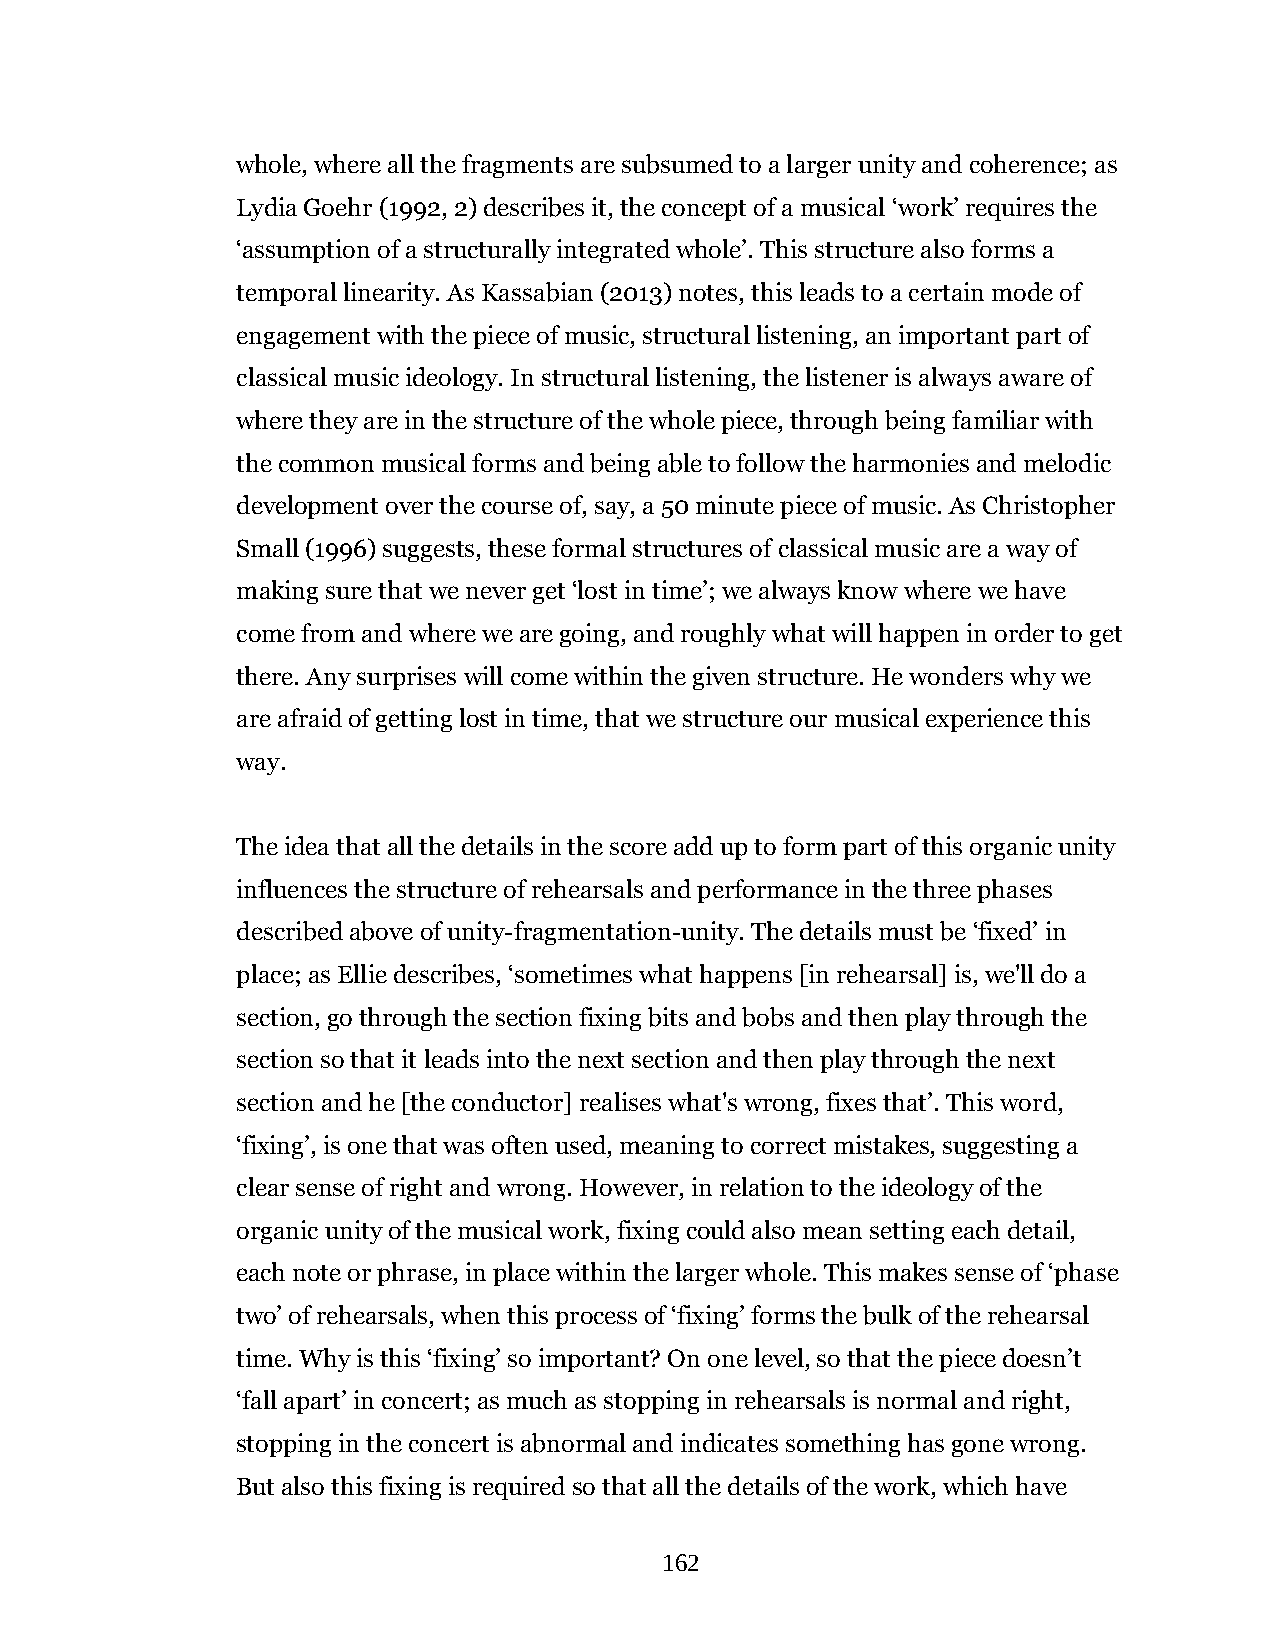
whole, where all the fragments are subsumed to a larger unity and coherence; as
 Lydia Goehr (1992, 2) describes it, the concept of a musical ‘work’ requires the
 ‘assumption of a structurally integrated whole’. This structure also forms a
 temporal linearity. As Kassabian (2013) notes, this leads to a certain mode of
 engagement with the piece of music, structural listening, an important part of
 classical music ideology. In structural listening, the listener is always aware of
 where they are in the structure of the whole piece, through being familiar with
 the common musical forms and being able to follow the harmonies and melodic
 development over the course of, say, a 50 minute piece of music. As Christopher
 Small (1996) suggests, these formal structures of classical music are a way of
 making sure that we never get ‘lost in time’; we always know where we have
 come from and where we are going, and roughly what will happen in order to get
 there. Any surprises will come within the given structure. He wonders why we
 are afraid of getting lost in time, that we structure our musical experience this
 way.
 The idea that all the details in the score add up to form part of this organic unity
 influences the structure of rehearsals and performance in the three phases
 described above of unity-fragmentation-unity. The details must be ‘fixed’ in
 place; as Ellie describes, ‘sometimes what happens [in rehearsal] is, we'll do a
 section, go through the section fixing bits and bobs and then play through the
 section so that it leads into the next section and then play through the next
 section and he [the conductor] realises what's wrong, fixes that’. This word,
 ‘fixing’, is one that was often used, meaning to correct mistakes, suggesting a
 clear sense of right and wrong. However, in relation to the ideology of the
 organic unity of the musical work, fixing could also mean setting each detail,
 each note or phrase, in place within the larger whole. This makes sense of ‘phase
 two’ of rehearsals, when this process of ‘fixing’ forms the bulk of the rehearsal
 time. Why is this ‘fixing’ so important? On one level, so that the piece doesn’t
 ‘fall apart’ in concert; as much as stopping in rehearsals is normal and right,
 stopping in the concert is abnormal and indicates something has gone wrong.
 But also this fixing is required so that all the details of the work, which have
 162